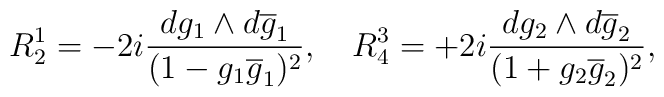
R^{1}_{2} = - 2i \frac {dg_{1} \wedge d\overline{g}_{1}} {(1-g_{1}\overline{g}_{1})^{2}},~~~R^{3}_{4} = +2i \frac {dg_{2}\wedge d\overline{g}_{2}} {(1+ g_{2}\overline{g}_{2})^{2}},